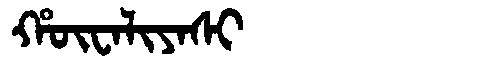
Manchu: ᡥᡡᠸᠠᠯᡳᠶᠠᠰᡳ
Romanization: HŪWALIYASI